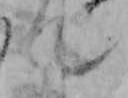
て